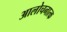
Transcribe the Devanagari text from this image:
आलोचनात्‍क